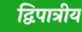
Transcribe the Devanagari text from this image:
द्विपात्रीय